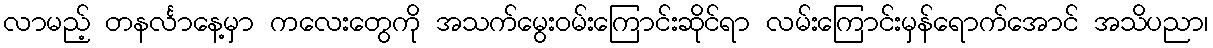
လာမည့် တနင်္လာနေ့မှာ ကလေးတွေကို အသက်မွေးဝမ်းကြောင်းဆိုင်ရာ လမ်းကြောင်းမှန်ရောက်အောင် အသိပညာ၊